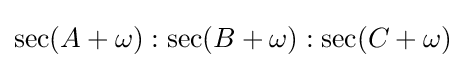
\sec(A+\omega ):\sec(B+\omega ):\sec(C+\omega )